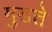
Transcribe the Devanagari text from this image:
मुडते